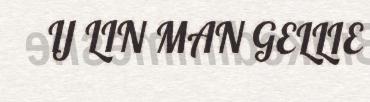
IJ LIN MAN GELLIE